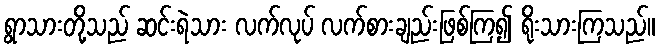
ရွာသားတို့သည် ဆင်းရဲသား လက်လုပ် လက်စားချည်းဖြစ်ကြ၍ ရိုးသားကြသည်။